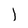
Character: I